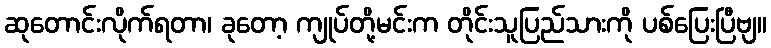
ဆုတောင်းလိုက်ရတာ၊ ခုတော့ ကျုပ်တို့မင်းက တိုင်းသူပြည်သားကို ပစ်ပြေးပြီဗျ။